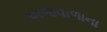
અજવાળાના